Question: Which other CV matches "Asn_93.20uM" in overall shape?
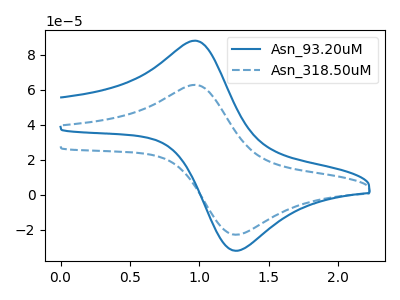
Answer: <think>The blue curve "Asn_93.20uM" has an anodic peak at (0.95V, 88.10uA) and a cathodic peak at (1.30V, -31.90uA). The blue dashed curve "Asn_318.50uM" has an anodic peak at (0.95V, 62.85uA) and a cathodic peak at (1.30V, -22.75uA).
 All the peaks in "Asn_93.20uM" have a peak in "Asn_318.50uM" at the same potential. Every peak in "Asn_93.20uM" is higher than every peak in "Asn_318.50uM".</think>
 <answer>The CV with the most similar shape to "Asn_318.50uM" is "Asn_93.20uM".</answer>
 <eval>"Asn_93.20uM"</eval>